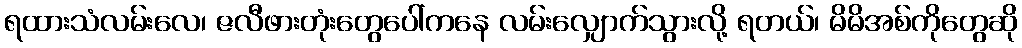
ရထားသံလမ်းလေ၊ ဇလီဖားတုံးတွေပေါ်ကနေ လမ်းလျှောက်သွားလို့ ရတယ်၊ မိမိအစ်ကိုတွေဆို